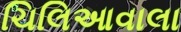
ચિલિઆવાલા